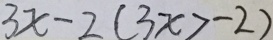
3 x - 2 ( 3 x > - 2 )